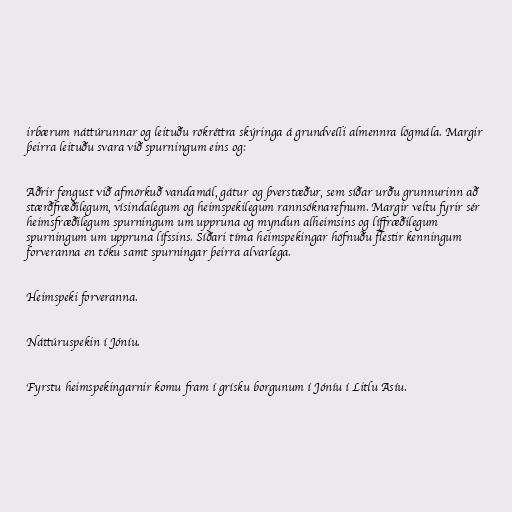
irbærum náttúrunnar og leituðu rökréttra skýringa á grundvelli almennra lögmála. Margir
þeirra leituðu svara við spurningum eins og:

Aðrir fengust við afmörkuð vandamál, gátur og þverstæður, sem síðar urðu grunnurinn að
stærðfræðilegum, vísindalegum og heimspekilegum rannsóknarefnum. Margir veltu fyrir sér
heimsfræðilegum spurningum um uppruna og myndun alheimsins og líffræðilegum
spurningum um uppruna lífssins. Síðari tíma heimspekingar höfnuðu flestir kenningum
forveranna en tóku samt spurningar þeirra alvarlega.

Heimspeki forveranna.

Náttúruspekin í Jóníu.

Fyrstu heimspekingarnir komu fram í grísku borgunum í Jóníu í Litlu Asíu.